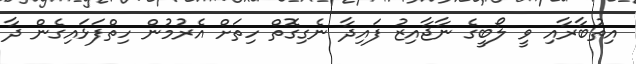
އިތުބާރާއި ވީ ލޯބީގެ ނާޖާއިޒު ފައިދާ ނެގިގޮތް ހިތަށް އެރުމުން ހިތްފަޅައިގެން ދާ